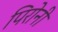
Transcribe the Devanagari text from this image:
पिरोनी